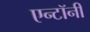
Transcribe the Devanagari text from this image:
एन्टॉनी